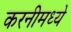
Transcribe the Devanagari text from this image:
करनीमध्ये